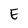
Character: E